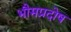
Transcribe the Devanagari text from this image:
भौमप्रदोष